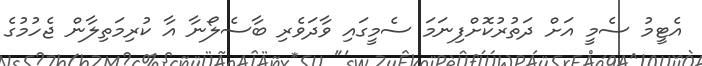
އެޓީމު ސެމީ އަށް ދަތުރުކޮށްފިނަމަ ސެމީގައި ވާދަވެރި ބާސެލޯނާ އާ ކުރިމަތިލާން ޖެހުމުގެ